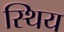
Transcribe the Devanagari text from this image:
स्थिय